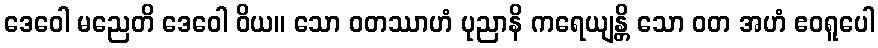
ဒေဝေါ မညေတိ ဒေဝေါ ဝိယ။ သော ဝတဿာဟံ ပုညာနိ ကရေယျန္တိ သော ဝတ အဟံ ဧဝရူပေါ